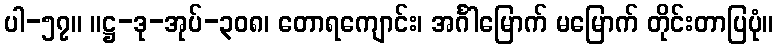
ပါ-၅၇။ ။ဋ္ဌ-ဒု-အုပ်-၃၀၈၊ တောရကျောင်း၊ အင်္ဂါမြောက် မမြောက် တိုင်းတာပြပုံ။